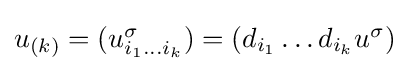
{\textstyle u_{(k)}=(u_{i_{1}...i_{k}}^{\sigma })=(d_{i_{1}}\dots d_{i_{k}}u^{\sigma })}